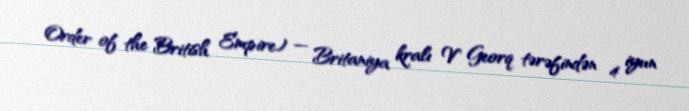
Order of the British Empire) — Britaniya kralı V Georq tərəfindən 4 iyun